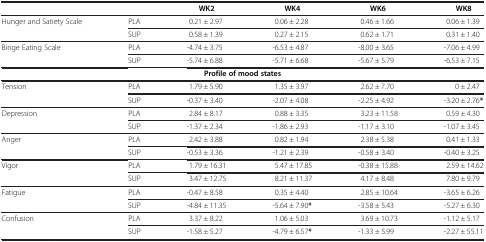
<table><thead><tr><td>[EMPTY_CELL]</td><td>[EMPTY_CELL]</td><td><b>WK2</b></td><td><b>WK4</b></td><td><b>WK6</b></td><td><b>WK8</b></td></tr></thead><tbody><tr><td rowspan="2">Hunger and Satiety Scale</td><td>PLA</td><td>0.21 ± 2.97</td><td>0.06 ± 2.28</td><td>0.46 ± 1.66</td><td>0.06 ± 1.39</td></tr><tr><td>SUP</td><td>0.58 ± 1.39</td><td>0.27 ± 2.15</td><td>0.62 ± 1.71</td><td>0.31 ± 1.40</td></tr><tr><td rowspan="2">Binge Eating Scale</td><td>PLA</td><td>-4.74 ± 3.75</td><td>-6.53 ± 4.87</td><td>-8.00 ± 3.65</td><td>-7.06 ± 4.99</td></tr><tr><td>SUP</td><td>-5.74 ± 6.88</td><td>-5.71 ± 6.68</td><td>-5.67 ± 5.79</td><td>-6.53 ± 7.15</td></tr><tr><td colspan="6"><b>Profile of mood states</b></td></tr><tr><td rowspan="2">Tension</td><td>PLA</td><td>1.79 ± 5.90</td><td>1.35 ± 3.97</td><td>2.62 ± 7.70</td><td>0 ± 2.47</td></tr><tr><td>SUP</td><td>-0.37 ± 3.40</td><td>-2.07 ± 4.08</td><td>-2.25 ± 4.92</td><td>-3.20 ± 2.76<b>*</b></td></tr><tr><td rowspan="2">Depression</td><td>PLA</td><td>2.84 ± 8.17</td><td>0.88 ± 3.35</td><td>3.23 ± 11.58</td><td>0.59 ± 4.30</td></tr><tr><td>SUP</td><td>-1.37 ± 2.34</td><td>-1.86 ± 2.93</td><td>-1.17 ± 3.10</td><td>-1.07 ± 3.45</td></tr><tr><td rowspan="2">Anger</td><td>PLA</td><td>2.42 ± 3.88</td><td>0.82 ± 1.94</td><td>2.38 ± 5.38</td><td>0.41 ± 1.33</td></tr><tr><td>SUP</td><td>-0.53 ± 3.36</td><td>-1.21 ± 2.39</td><td>-0.58 ± 3.40</td><td>-0.40 ± 3.25</td></tr><tr><td rowspan="2">Vigor</td><td>PLA</td><td>1.79 ± 16.31</td><td>5.47 ± 17.85</td><td>-0.38 ± 15.88</td><td>2.59 ± 14.62</td></tr><tr><td>SUP</td><td>3.47 ± 12.75</td><td>8.21 ± 11.37</td><td>4.17 ± 8.48</td><td>7.80 ± 9.79</td></tr><tr><td rowspan="2">Fatigue</td><td>PLA</td><td>-0.47 ± 8.58</td><td>0.35 ± 4.40</td><td>2.85 ± 10.64</td><td>-3.65 ± 6.26</td></tr><tr><td>SUP</td><td>-4.84 ± 11.35</td><td>-5.64 ± 7.90<b>*</b></td><td>-3.58 ± 5.43</td><td>-5.27 ± 6.30</td></tr><tr><td rowspan="2">Confusion</td><td>PLA</td><td>3.37 ± 8.22</td><td>1.06 ± 5.03</td><td>3.69 ± 10.73</td><td>-1.12 ± 5.17</td></tr><tr><td>SUP</td><td>-1.58 ± 5.27</td><td>-4.79 ± 6.57<b>*</b></td><td>-1.33 ± 5.99</td><td>-2.27 ± 55.11</td></tr></tbody></table>